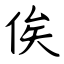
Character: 俟